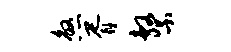
煞胥系